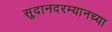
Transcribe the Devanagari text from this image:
सुदानदरम्यानच्या